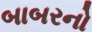
બાબરનો